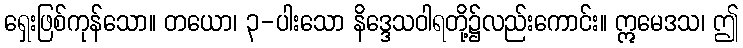
ရှေးဖြစ်ကုန်သော။ တယော၊ ၃-ပါးသော နိဒ္ဒေသဝါရတို့၌လည်းကောင်း။ ဣမေဒသ၊ ဤ